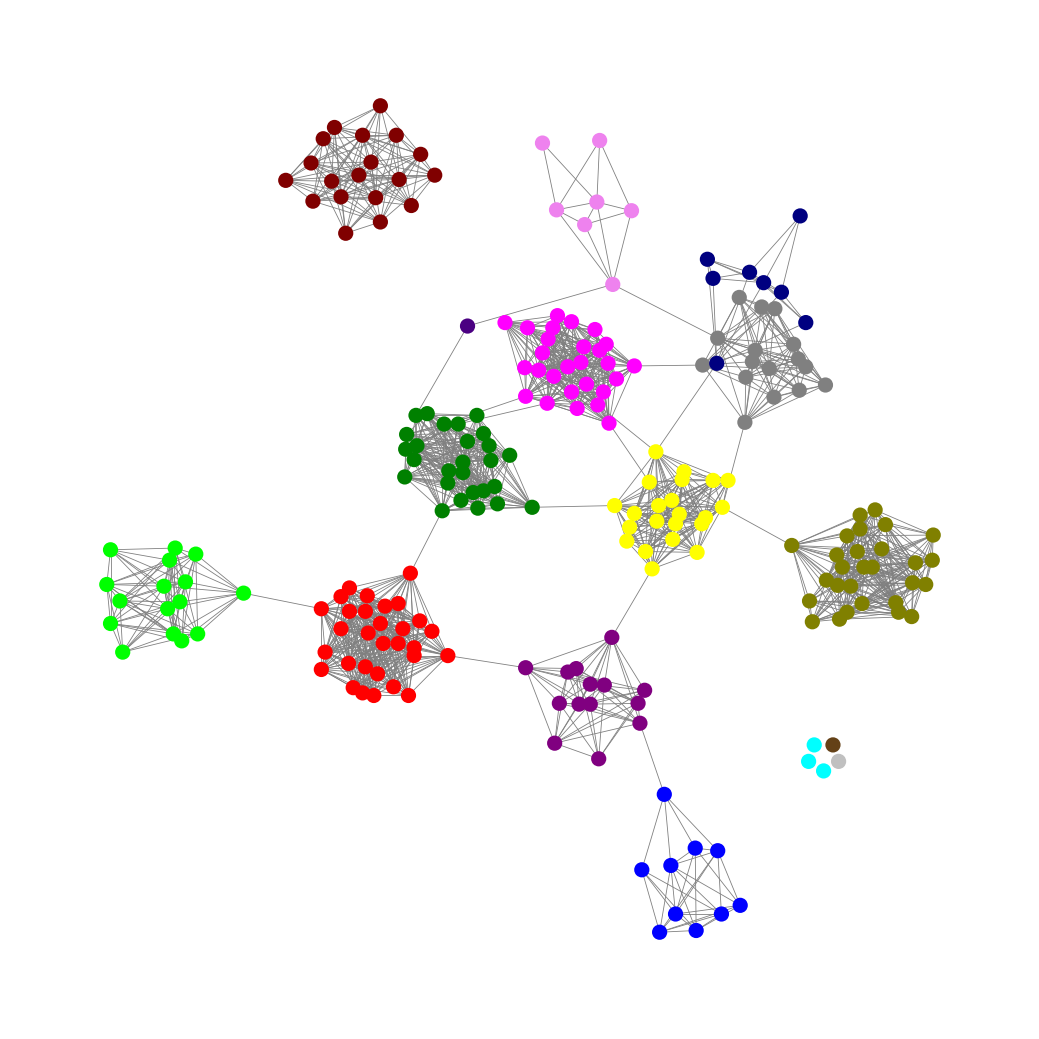
Graph connected: No
Number of connected components: 7
Number of singletons: 5
Total number of nodes: 230
Total number of edges: 1669
Number of communities: 16
Community sizes:
Aqua: 3
Blue: 10
Fuchsia: 27
Gray: 16
Green: 27
Indigo: 1
Lime: 16
Maroon: 19
Navy: 8
Olive: 28
Pullman Brown: 1
Purple: 14
Red: 30
Silver: 1
Violet: 7
Yellow: 22
Graph layout: tda
Graph generation method: erdos_renyi